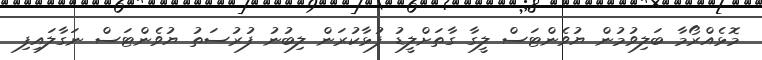
މޮޅެއްރޯމާ ބަލިވުމުން ޔުވެންޓަސް ލީގާ ގާތަށްލީޑު ފުޅާކުރަން ލިބުނު ފުރުސަތު ޔުވެންޓަސް ނަގާލައިފި